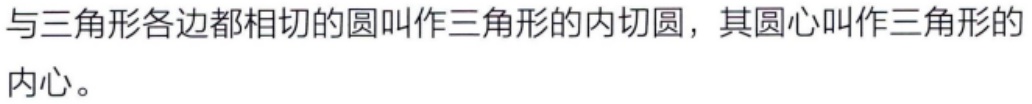
与三角形各边都相切的圆叫作三角形的内切圆，其圆心叫作三角形的内心。